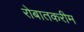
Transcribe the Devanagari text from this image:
रोबातकरीम